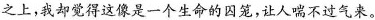
之上，我却觉得这像是一个生命的囚笼，让人喘不过气来。